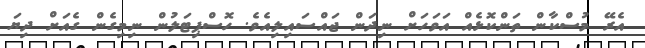
އެރޭ މުސްކާން ތަންކޮޅެއް އަވަހަށް ނިދަން ޖައްސައިލިއެވެ. ހޮސްޕިޓަލުން ނިމިގެން ގެއަށް ދިޔަ